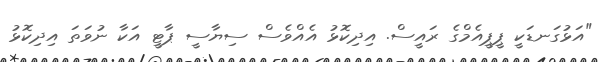
"އަޅުގަނޑަކީ ޕީޕީއެމްގެ ރައީސް. އިދިކޮޅު އެއްވެސް ސިޔާސީ ޕާޓީ އަކާ ނުވަތަ އިދިކޮޅު